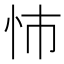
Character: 㤄